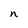
Character: n